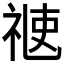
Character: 𥚄